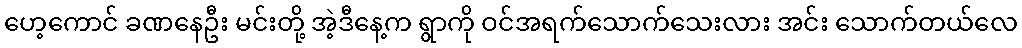
ဟေ့ကောင် ခဏနေဦး မင်းတို့ အဲ့ဒီနေ့က ရွာကို ဝင်အရက်သောက်သေးလား အင်း သောက်တယ်လေ